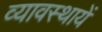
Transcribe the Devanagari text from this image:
व्यावस्थायें